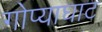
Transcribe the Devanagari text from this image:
गोप्याघाट